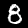
Digit: 8